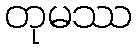
တုမဿ